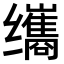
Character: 𫄹